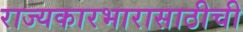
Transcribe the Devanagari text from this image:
राज्यकारभारासाठीची